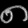
Digit: ၈